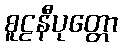
စူဠနီပုတ္တော